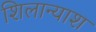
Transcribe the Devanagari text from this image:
शिलान्याश